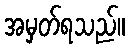
အမှတ်ရသည်။